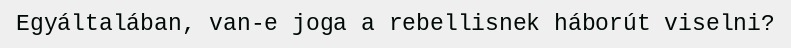
Egyáltalában, van-e joga a rebellisnek háborút viselni?